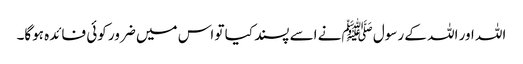
اللہ اور اللہ کے رسول ﷺنے اسے پسند کیا تو اس میں ضرور کوئی فائدہ ہوگا۔